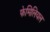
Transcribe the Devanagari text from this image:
फेमिलियल